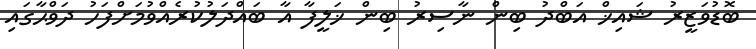
ބޮޑުވަޒީރު ޝައިޚް އަބްދު ބިން ނާސިރު ބިން ޚަލީފާ އާ ބައްދަލުކުރެއްވުމަށްފަހު ދަވްޙާގައި